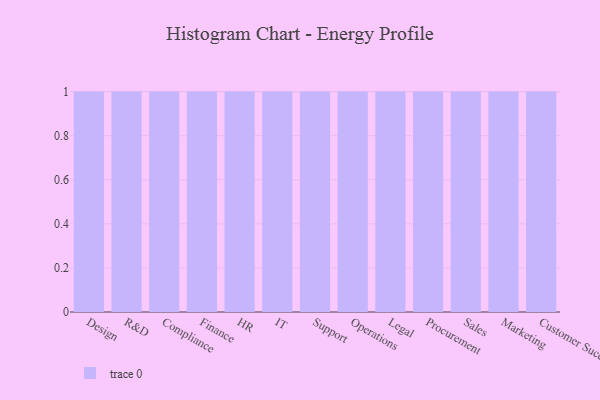
{"axis": {"x": "Department", "y": "Bounce Rate (%)"}, "legend": [""], "data": [{"x": "Design", "y": 43, "type": ""}, {"x": "R&D", "y": 37, "type": ""}, {"x": "Compliance", "y": 41, "type": ""}, {"x": "Finance", "y": 95, "type": ""}, {"x": "HR", "y": 37, "type": ""}, {"x": "IT", "y": 14, "type": ""}, {"x": "Support", "y": 1, "type": ""}, {"x": "Operations", "y": 95, "type": ""}, {"x": "Legal", "y": 30, "type": ""}, {"x": "Procurement", "y": 2, "type": ""}, {"x": "Sales", "y": 57, "type": ""}, {"x": "Marketing", "y": 49, "type": ""}, {"x": "Customer Success", "y": 39, "type": ""}]}